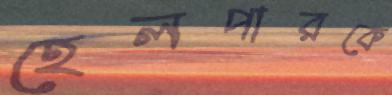
হেলপারকে